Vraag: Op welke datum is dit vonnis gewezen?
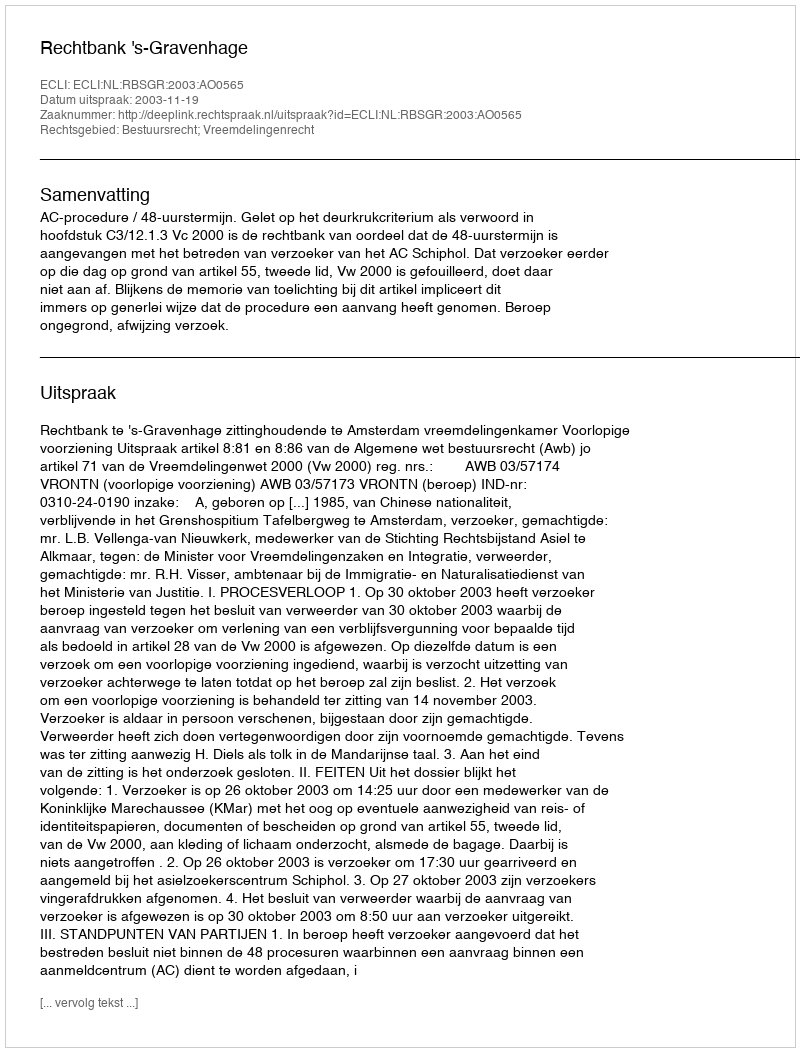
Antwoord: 2003-11-19